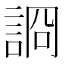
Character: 𧨝